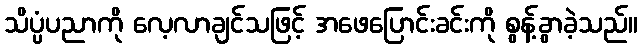
သိပ္ပံပညာကို လေ့လာချင်သဖြင့် အဖေပြောင်းခင်းကို စွန့်ခွာခဲ့သည်။